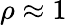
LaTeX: \rho\approx 1